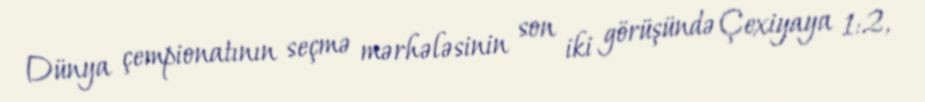
Dünya çempionatının seçmə mərhələsinin son iki görüşündə Çexiyaya 1:2,